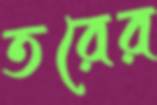
তরের